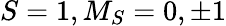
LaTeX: S=1,M_{S}=0,\pm 1